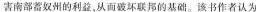
害南部蓄奴州的利益，从而破坏联邦的基础。该书作者认为